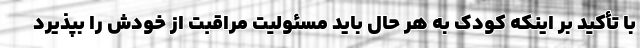
با تأکید بر اینکه کودک به هر حال باید مسئولیت مراقبت از خودش را بپذیرد